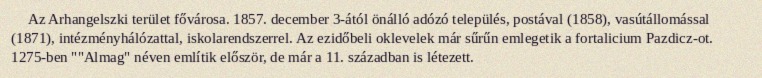
Az Arhangelszki terület fővárosa. 1857. december 3-ától önálló adózó település, postával (1858), vasútállomással (1871), intézményhálózattal, iskolarendszerrel. Az ezidőbeli oklevelek már sűrűn emlegetik a fortalicium Pazdicz-ot. 1275-ben ""Almag" néven említik először, de már a 11. században is létezett.